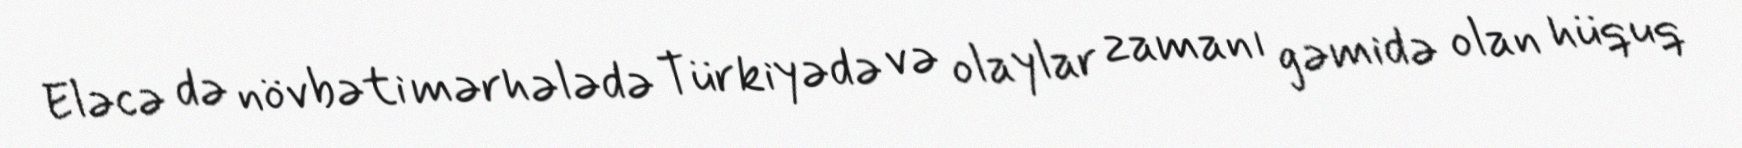
Eləcə də növbəti mərhələdə Türkiyədə və olaylar zamanı gəmidə olan hüquq